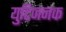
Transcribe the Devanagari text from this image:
युटिजनक